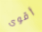
أقوى